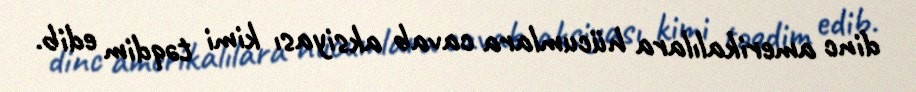
dinc amerikalılara hücumlara cavab aksiyası kimi təqdim edib.